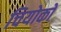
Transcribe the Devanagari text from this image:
चियोको